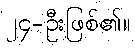
၂၄-ဦးဖြစ်၏။